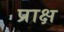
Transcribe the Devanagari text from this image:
प्राक्ष